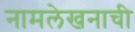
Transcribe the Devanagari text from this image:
नामलेखनाची